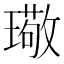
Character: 璥